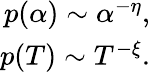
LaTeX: \begin{array}{r}{p(\alpha)\sim\alpha^{-\eta},}\\ {p(T)\sim T^{-\xi}.}\end{array}